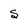
Character: S